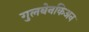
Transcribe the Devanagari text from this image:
गुलबेनकिअन